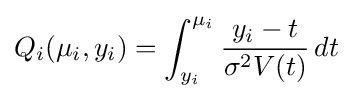
Q_{i}(\mu _{i},y_{i})=\int _{y_{i}}^{\mu _{i}}{\frac {y_{i}-t}{\sigma ^{2}V(t)}}\,dt